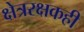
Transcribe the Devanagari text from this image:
क्षेत्ररक्षकही